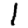
Digit: 1